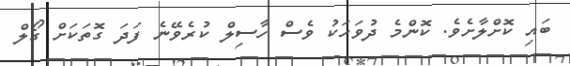
ބައި ކޮށްލާށެވެ. ކޮންމެ ދުވަހަކު ވެސް ހާސިލް ކުރެވޭނެ ފަދަ ގޮތަކަށް ގޯލް